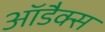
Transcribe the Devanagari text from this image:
आॅडैक्स